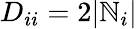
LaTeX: D_{ii}=2|\mathbb{N}_{i}|